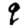
Digit: 9